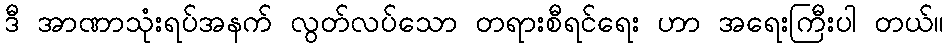
ဒီ အာဏာသုံးရပ်အနက် လွတ်လပ်သော တရားစီရင်ရေး ဟာ အရေးကြီးပါ တယ်။